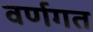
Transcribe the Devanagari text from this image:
वर्णगत